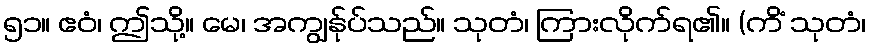
၅၁။ ဧဝံ၊ ဤသို့။ မေ၊ အကျွန်ုပ်သည်။ သုတံ၊ ကြားလိုက်ရ၏။ (ကိံ သုတံ၊